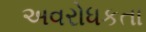
અવરોધકતા